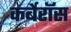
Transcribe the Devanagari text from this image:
कर्बेरॉस